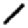
Digit: 1